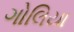
ગોલિયા